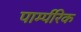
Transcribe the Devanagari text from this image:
पार्म्परिक